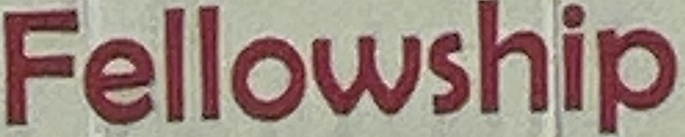
Fellowship